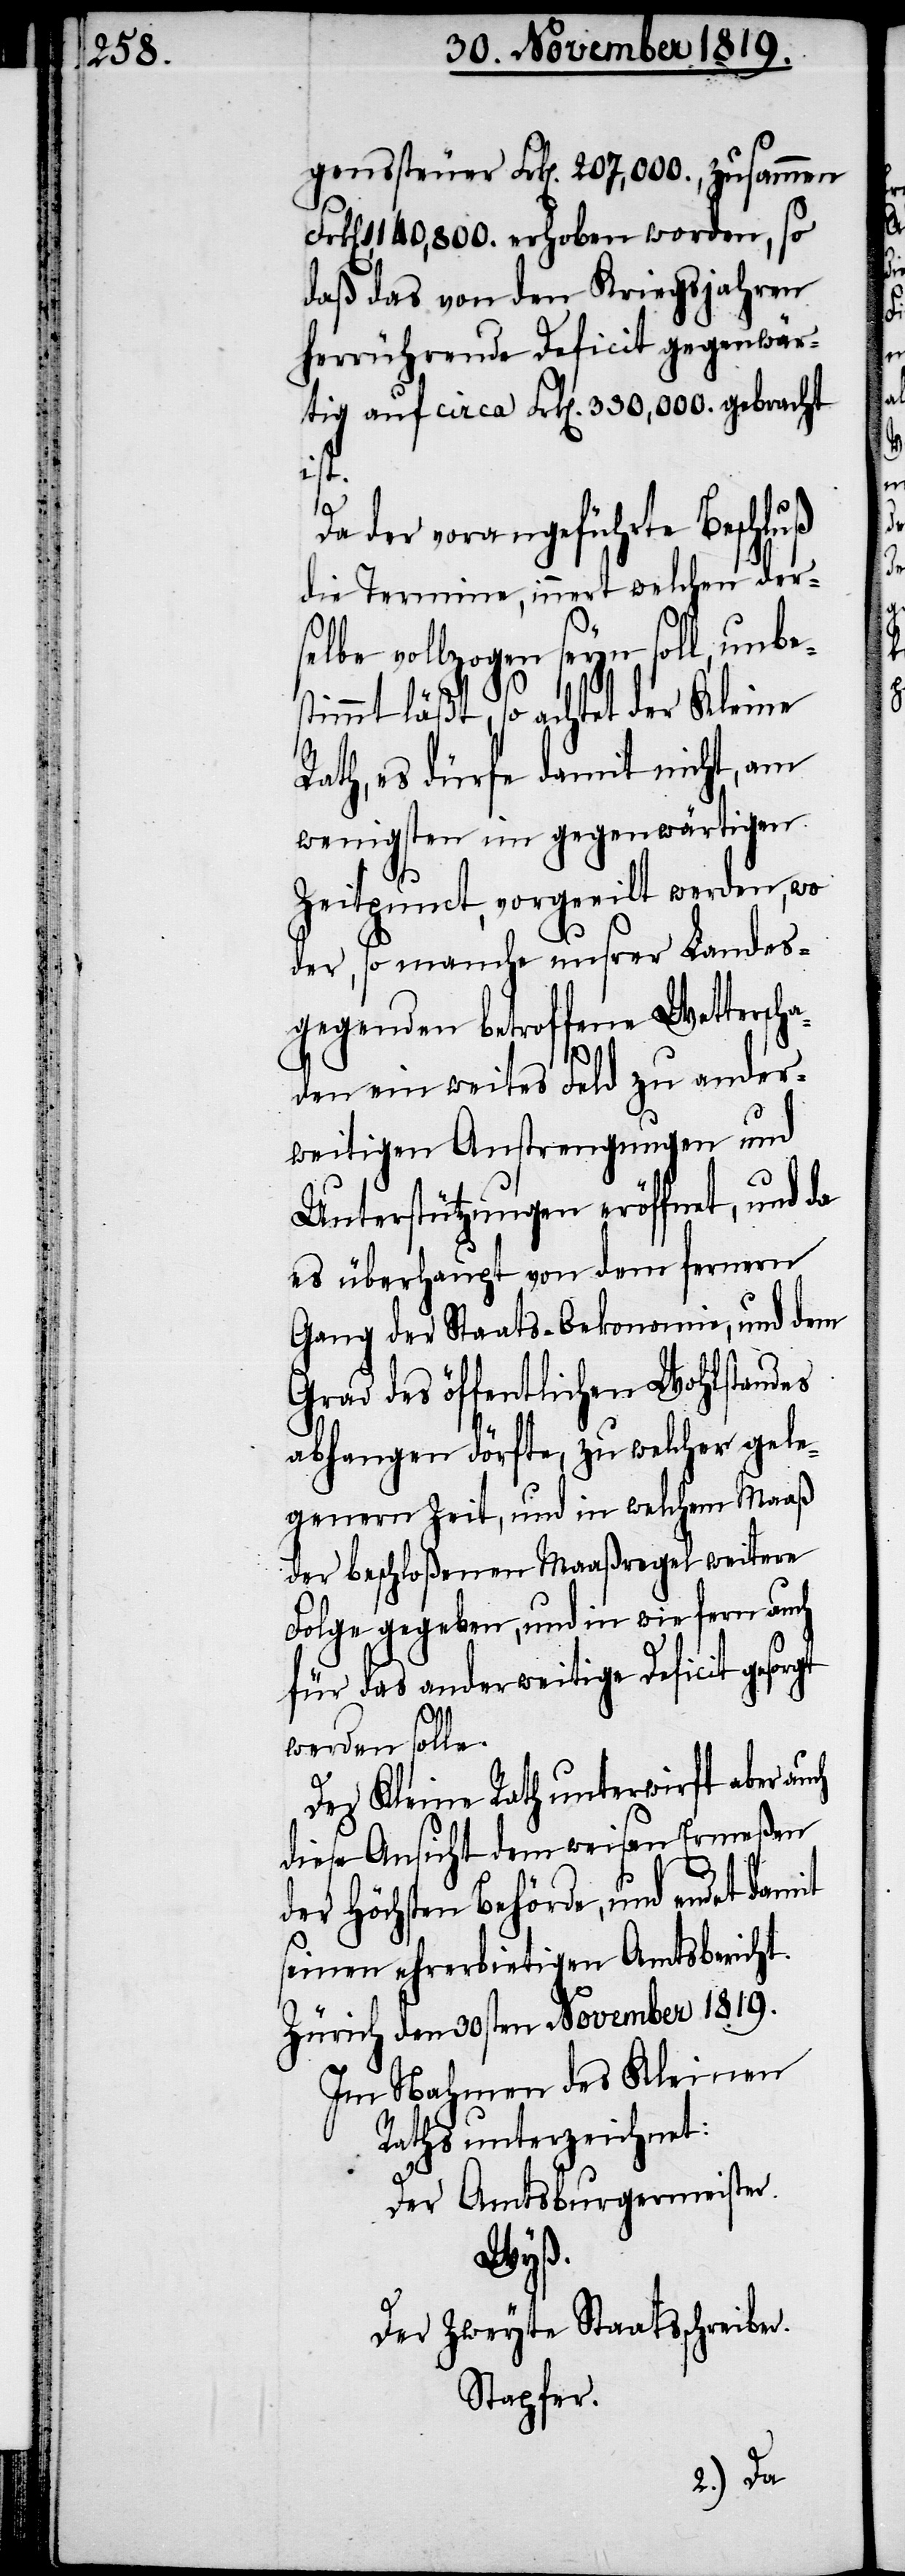
genssteuer Frk[en]. 207,000., zusammen
Frk[en]. 1,140,800. erhoben worden, so
daß das von den Kriegsjahren
herrührende Deficit gegenwär¬
tig auf circa Frk[en]. 330,000. gebracht
ist.
Da der vorangeführte Beschluß
die Termine, innert welchen der¬
selbe vollzogen seyn soll, unbe¬
stimmt läßt, so achtet der Kleine
Rath, es dürfe damit nicht, am
wenigsten im gegenwärtigen
Zeitpunct, vorgeeilt werden, wo
der, so manche unsrer Landes¬
gegenden betroffene Wetterscha¬
den ein weites Feld zu ander¬
weitigen Anstrengungen und
Unterstützungen eröffnet, und da
es überhaupt von dem fernern
Gang der Staats-Oekonomie, und dem
Grad des öffentlichen Wohlstandes
abhangen dörfte, zu welcher gele¬
genern Zeit, und in welchem Maaß
der beschloßenen Maaßregel weitere
Folge gegeben, und in wie fern auch
für das anderweitige Deficit gesorgt
werde solle.
Der Kleine Rath unterwirft aber auch
diese Ansicht dem weisen Ermeßen
der Höchsten Behörde, und endet
seinen ehrerbietigen Amtsbericht.
Zürich den 30sten November 1819.
Im Nahmen des Kleinen
Raths unterzeichnet:
Der Amtsburgermeister.
Wyß.
Der Zweite Staatsschreiber.
Stapfer.